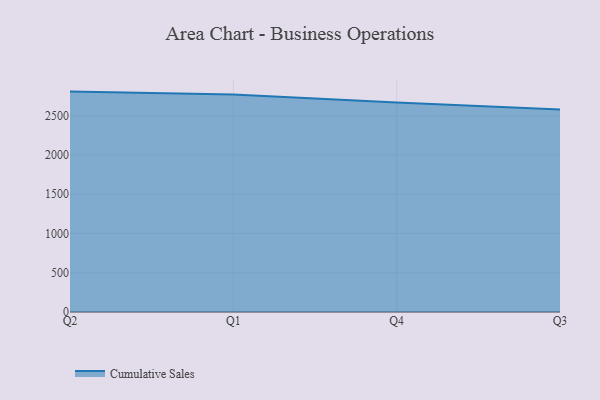
{"axis": {"x": "Quarter", "y": "Production Output"}, "legend": ["Cumulative Sales"], "data": [{"x": "Q2", "y": 2807.0, "type": "Cumulative Sales"}, {"x": "Q1", "y": 2770.3, "type": "Cumulative Sales"}, {"x": "Q4", "y": 2666.8, "type": "Cumulative Sales"}, {"x": "Q3", "y": 2578.4, "type": "Cumulative Sales"}]}